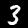
Digit: 3